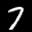
Label: 7